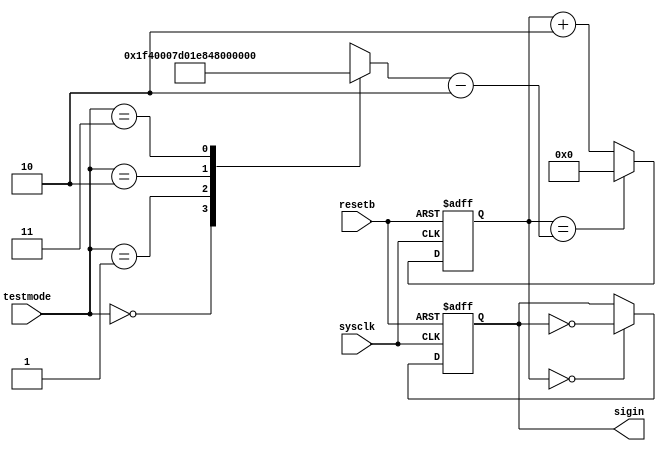
module signalinput(sysclk,resetb,testmode,sigin);
  input sysclk,resetb;
  input [1:0] testmode;
  output sigin;
  reg sigin;
  reg [20:0] state;
  reg [20:0] divide;
  
  initial
  begin
    sigin<=1'b0;
    state<=21'd0;
  end
  always @(*)
  begin
    case(testmode)
      2'b00:divide=21'd16000;      //3125Hz
      2'b01:divide=21'd8000;       //6250Hz
      2'b10:divide=21'd1000000;    //50Hz
      2'b11:divide=21'd4000;       //12500Hz
    endcase
  end
  always @(posedge sysclk or negedge resetb)
  begin
    if(~resetb)
      begin
        sigin<=1'b0;
        state<=21'd0;
      end
    else
      begin
        
        if(state==divide-21'd2)
          state<=21'd0;
        else
          state<=state+21'd2;
          
        sigin<=(state==21'd0)?~sigin:sigin;
      end
  end
endmodule